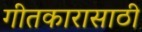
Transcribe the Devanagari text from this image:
गीतकारासाठी